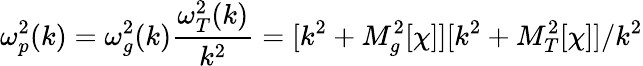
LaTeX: \omega_{p}^{2}(k)=\omega_{g}^{2}(k)\frac{\omega_{T}^{2}(k)}{k^{2}}=[k^{2}+M_{g}^{2}[\chi]][k^{2}+M_{T}^{2}[\chi]]/k^{2}